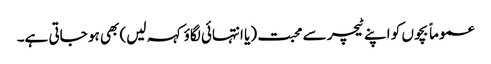
عموماً بچوں کو اپنے ٹیچر سے محبت (یا انتہائی لگاؤ کہہ لیں) بھی ہو جاتی ہے۔